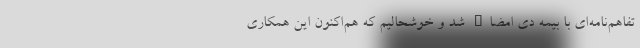
تفاهم‌نامه‌ای با بیمه دی امضاء شد و خوشحالیم که هم‌‌اکنون این همکاری